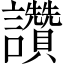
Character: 讚